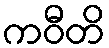
ကဝီတိ